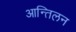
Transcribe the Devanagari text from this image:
आन्तिलन